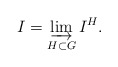
\begin{align*}I = \varinjlim_{H \subset G} I^H.\end{align*}